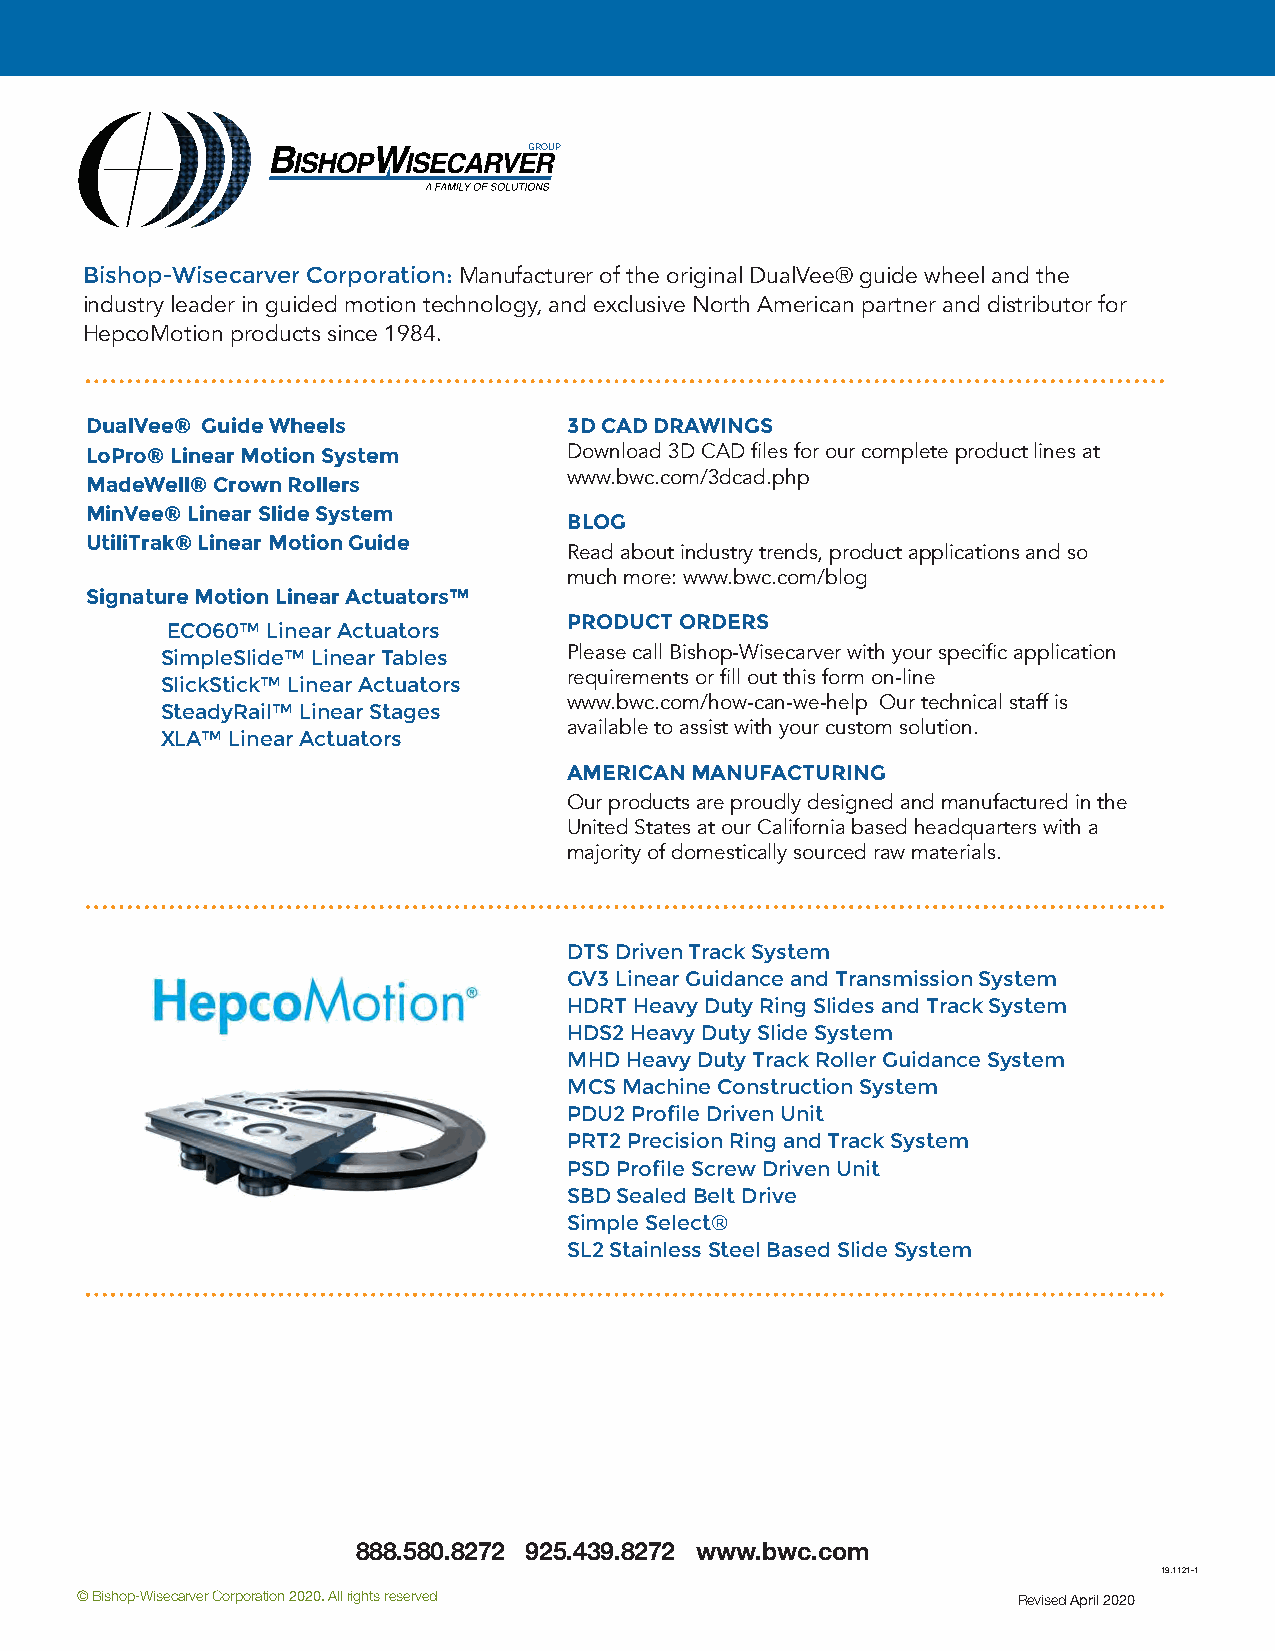
GROUP
 Bishop-Wisecarver Corporation: Manufacturer of the original DualVee® guide wheel and the
 industry leader in guided motion technology, and exclusive North American partner and distributor for
 HepcoMotion products since 1984.
 DualVee® Guide Wheels           3D CAD DRAWINGS
 LoPro® Linear Motion System     Download 3D CAD files for our complete product lines at
 www.bwc.com/3dcad.php
 MadeWell® Crown Rollers
 MinVee® Linear Slide System
 BLOG
 UtiliTrak® Linear Motion Guide
 Read about industry trends, product applications and so
 much more: www.bwc.com/blog
 Signature Motion Linear Actuators™
 PRODUCT ORDERS
 ECO60™ Linear Actuators
 SimpleSlide™ Linear Tables Please call Bishop-Wisecarver with your specific application
 requirements or fill out this form on-line
 SlickStick™ Linear Actuators
 www.bwc.com/how-can-we-help Our technical staff is
 SteadyRail™ Linear Stages
 available to assist with your custom solution.
 XLA™ Linear Actuators
 AMERICAN MANUFACTURING
 Our products are proudly designed and manufactured in the
 United States at our California based headquarters with a
 majority of domestically sourced raw materials.
 DTS Driven Track System
 GV3 Linear Guidance and Transmission System
 HDRT Heavy Duty Ring Slides and Track System
 HDS2 Heavy Duty Slide System
 MHD Heavy Duty Track Roller Guidance System
 MCS Machine Construction System
 PDU2 Profile Driven Unit
 PRT2 Precision Ring and Track System
 PSD Profile Screw Driven Unit
 SBD Sealed Belt Drive
 Simple Select®
 SL2 Stainless Steel Based Slide System
 888.580.8272 925.439.8272 www.bwc.com
 19.1121-1
 © Bishop-Wisecarver Corporation 2020. All rights reserved     Revised April 2020